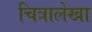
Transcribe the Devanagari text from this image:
चित्रालेखा